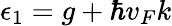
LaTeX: \epsilon_{1}=g+\hbar v_{F}k